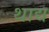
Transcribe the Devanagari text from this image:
थाद्य